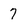
Character: 7